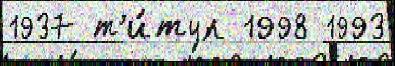
1937 т'и́тул 1998 1993